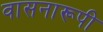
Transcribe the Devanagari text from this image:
वासनारूपी